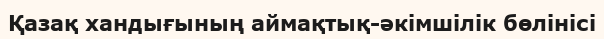
Қазақ хандығының аймақтық-әкімшілік бөлінісі